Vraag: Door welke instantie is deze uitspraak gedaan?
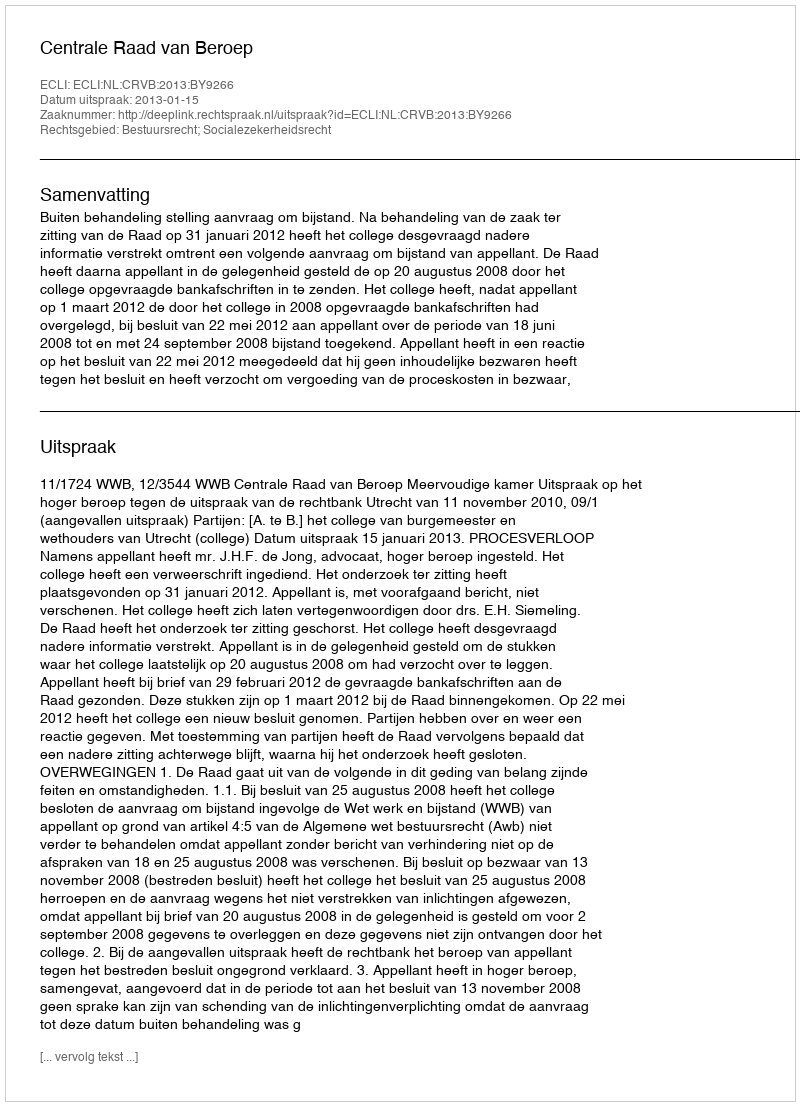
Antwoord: Centrale Raad van Beroep